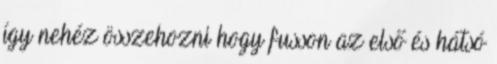
így nehéz összehozni hogy fusson az első és hátsó